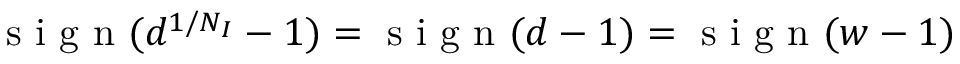
\mathrm { ~ s ~ i ~ g ~ n ~ } ( d ^ { 1 / N _ { I } } - 1 ) = \mathrm { ~ s ~ i ~ g ~ n ~ } ( d - 1 ) = \mathrm { ~ s ~ i ~ g ~ n ~ } ( w - 1 )